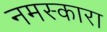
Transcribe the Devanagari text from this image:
नमस्कारा